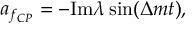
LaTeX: a _ { f _ { C P } } = - \mathrm { I m } \lambda \sin ( \Delta m t ) ,